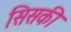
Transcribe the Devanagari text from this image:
सिसकी